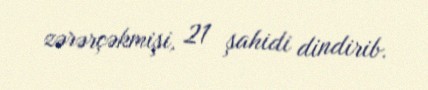
zərərçəkmişi, 21 şahidi dindirib.